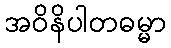
အဝိနိပါတဓမ္မာ